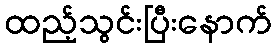
ထည့်သွင်းပြီးနောက်